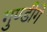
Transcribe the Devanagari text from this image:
गुण्डीगे